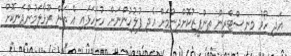
އަދި ހޯމް މިނިސްޓްރީން ތންފީޒުކޮށްދިނުމަށް އެދި ފުލުހުންނަށް ހުށަހަޅައި އެ ތަން ރޫޅާލަމުންދަނިކޮށް